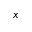
x